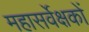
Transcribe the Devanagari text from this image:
महासर्वेक्षकों